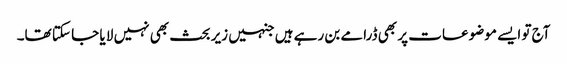
آج تو ایسے موضوعات پر بھی ڈرامے بن رہے ہیں جنہیں زیر بحث بھی نہیں لا یا جا سکتا تھا۔